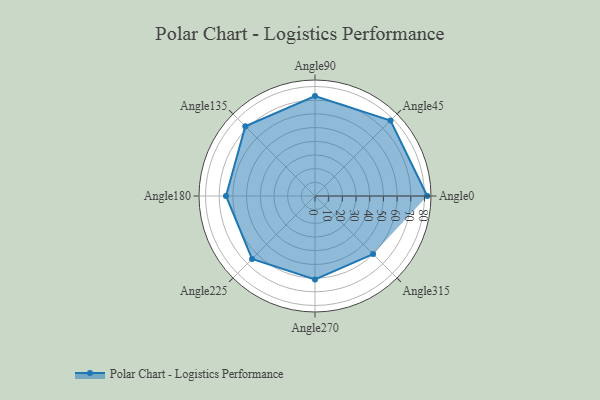
{"axis": {"x": "Angle", "y": "Radius"}, "legend": [""], "data": [{"x": "Angle0", "y": 82.0, "type": ""}, {"x": "Angle45", "y": 78.0, "type": ""}, {"x": "Angle90", "y": 73.0, "type": ""}, {"x": "Angle135", "y": 72.0, "type": ""}, {"x": "Angle180", "y": 65.0, "type": ""}, {"x": "Angle225", "y": 65.0, "type": ""}, {"x": "Angle270", "y": 61.0, "type": ""}, {"x": "Angle315", "y": 60.0, "type": ""}]}